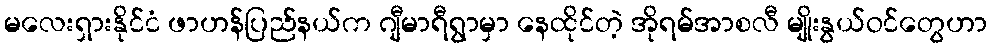
မလေးရှားနိုင်ငံ ဖာဟန်ပြည်နယ်က ဂျီမာရီရွာမှာ နေထိုင်တဲ့ အိုရမ်အာစလီ မျိုးနွယ်ဝင်တွေဟာ